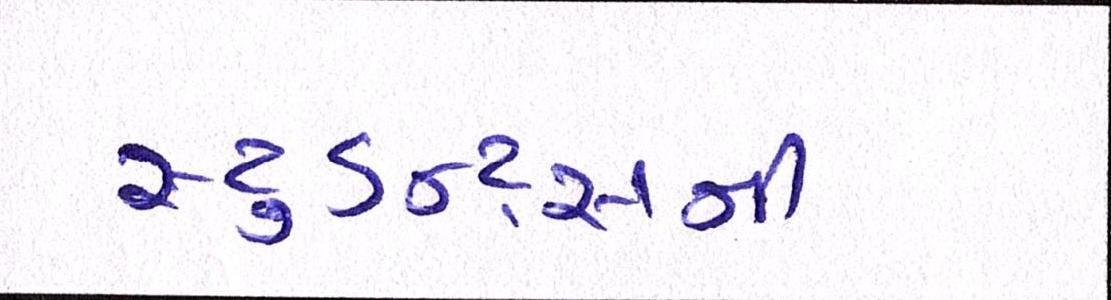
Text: સ્ટુડન્ટ્સની